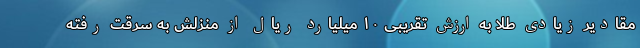
مقادیر زیادی طلا به ارزش تقریبی ۱۰ میلیارد ریال از منزلش به سرقت رفته